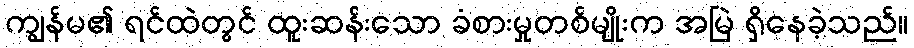
ကျွန်မ၏ ရင်ထဲတွင် ထူးဆန်းသော ခံစားမှုတစ်မျိုးက အမြဲ ရှိနေခဲ့သည်။